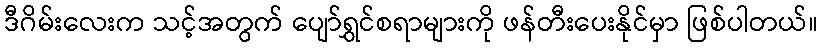
ဒီဂိမ်းလေးက သင့်အတွက် ပျော်ရွှင်စရာများကို ဖန်တီးပေးနိုင်မှာ ဖြစ်ပါတယ်။